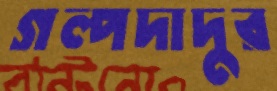
গল্পদাদুর